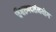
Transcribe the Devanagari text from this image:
विश्वरुपदर्शनयोग